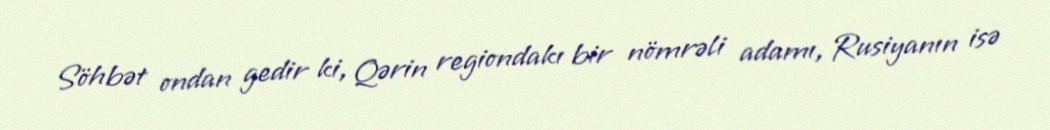
Söhbət ondan gedir ki, Qərin regiondakı bir nömrəli adamı, Rusiyanın isə